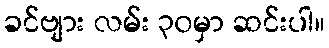
ခင်ဗျား လမ်း ၃၀မှာ ဆင်းပါ။